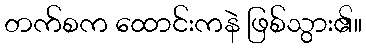
တက်စက ထောင်းကနဲ ဖြစ်သွား၏။